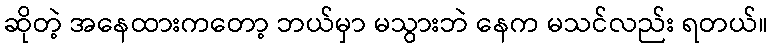
ဆိုတဲ့ အနေထားကတော့ ဘယ်မှာ မသွားဘဲ နေက မသင်လည်း ရတယ်။